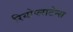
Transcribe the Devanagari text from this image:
रियोप्लाटेन्स